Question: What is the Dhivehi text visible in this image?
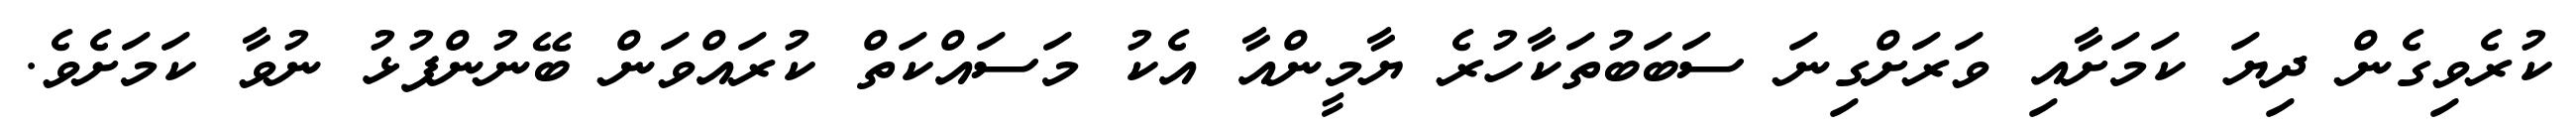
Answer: ކުރެވިގެން ދިޔަ ކަމަށާއި ވަރަށްގިނަ ސަބަބުތަކާހުރެ ޔާމީންއާ އެކު މަސައްކަތް ކުރައްވަން ބޭނުންފުޅު ނުވާ ކަމަށެވެ.